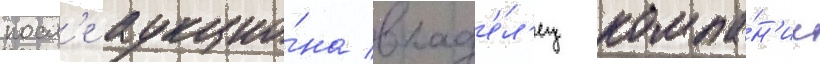
посл'е аукцио́на влад'е́л'ец компа́н'ии